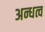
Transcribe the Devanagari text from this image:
अन्धत्व